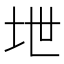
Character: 𪣅